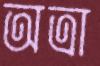
অত্রা